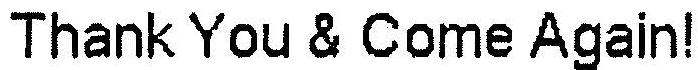
THANK YOU & COME AGAIN!